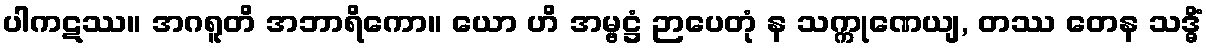
ပါကဋဿ။ အဂရူတိ အဘာရိကော။ ယော ဟိ အမ္ဗဋ္ဌံ ဉာပေတုံ န သက္ကုဏေယျ, တဿ တေန သဒ္ဓိံ